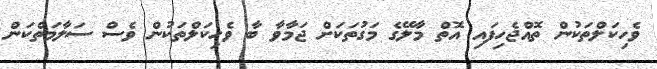
ވެހިކަލްތަކުން ތޮއްޖެހިފައި އޮތް މާލޭގެ މަގުތަކަށް ޖަމާވާ ބާ ވެހިކަލްތަކުން ވެސް ސަލާމަތްކަން